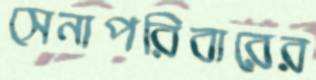
সেনাপরিবারের